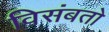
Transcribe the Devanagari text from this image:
विसंबतो